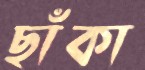
ছাঁকা